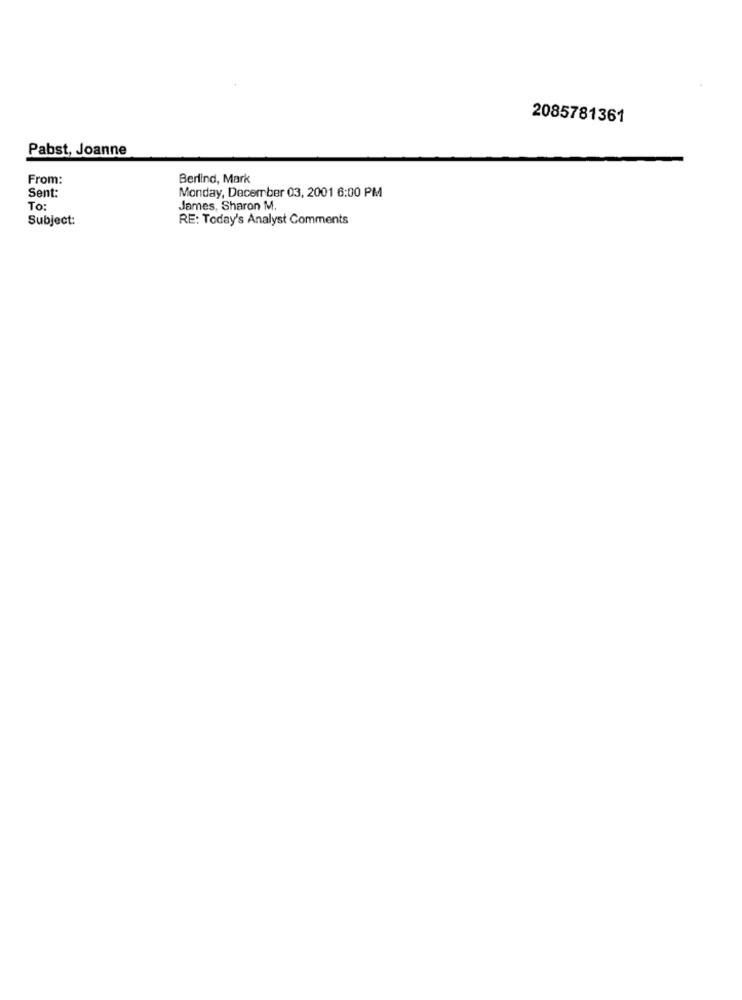
2085781361
Pabst, Joanne
From:
Berlind, Mark
Sent:
Monday, December 03, 2001 6:00 PM
To:
James, Sharon M.
Subject:
RE: Today's Analyst Comments